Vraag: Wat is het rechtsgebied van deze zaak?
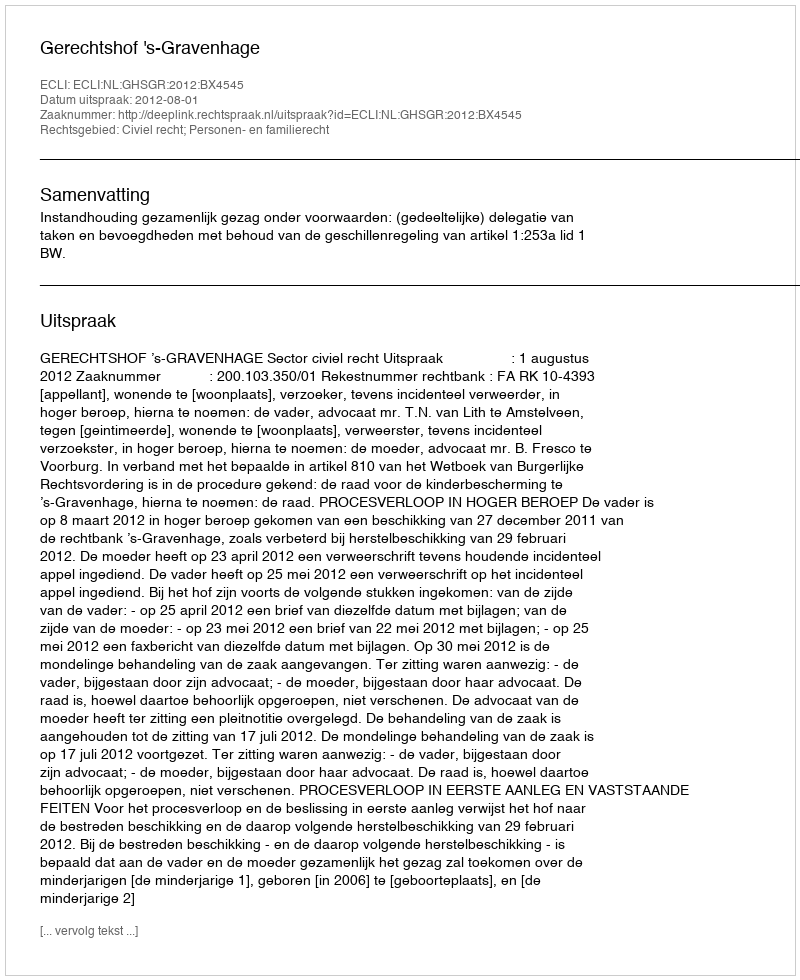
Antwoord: Civiel recht; Personen- en familierecht